Civil Veterinary Dept. Bombay admin report 1914-1922 - 1914-1922
Year: 1914
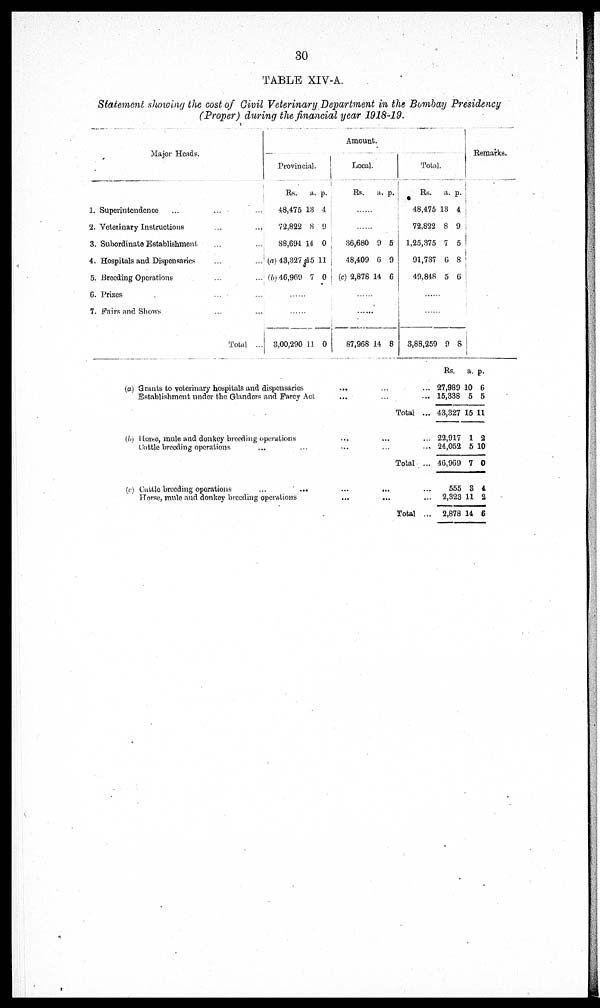
30
TABLE XIV-A.
Statement showing the cost of Civil Veterinary Department in the Bombay Presidency
(Proper) during the financial year 1918-19.
Major Heads.
1. Superintendence ... ... ...
2. Veterinary Instructions … …
3. Subordinate Establishment … …
4. Hospitals and Dispensaries … …
5. Breeding Operations … …
6. Prizes ... ...
7. Fairs and Shows … …
Total ...
Amount.
Provincial.
Rs.
48,475
72,822
88,694
(a) 48,327
(b) 46,969
......
.......
3,00,290
a.
18
8
14
15
7
11
p.
4
9
0
11
0
0
Local.
Rs.
......
.......
36,680
48,409
(c) 2,878
......
......
87,968
a.
9
6
14
14
p.
5
9
6
8
Total.
Rs.
48,475
72,822
1,25,375
91,737
49,848
......
......
3,88,259
a.
13
8
7
6
5
9
p.
4
9
5
8
6
8
Remarks.
(a) Grants to veterinary hospitals and dispensaries ... ... ...
Establishment under the Glanders and Farcy Act ... ... ...
Total ...
(b) Horse, mule and donkey breeding operations … … ... ...
Cattle breeding operations … … ... ...
Total ...
(c) Cattle breeding operations … … ... ...
Horse, mule and donkey breeding operations … ... ...
Total ...
Rs.
27,989
15,338
43,327
22,917
24,052
46,969
555
2,323
2,878
a.
10
5
15
1
5
7
3
11
14
p.
6
5
11
2
10
0
4
2
6